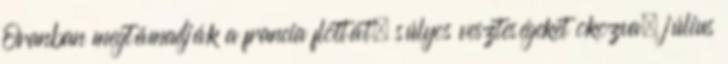
Oranban megtámadják a francia flottát, súlyos veszteségeket okozva. július